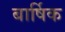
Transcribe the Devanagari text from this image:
बार्षिक